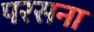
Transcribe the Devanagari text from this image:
परसना